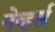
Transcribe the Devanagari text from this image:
नेव्हर्स